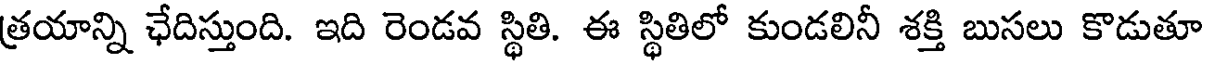
త్రయాన్ని ఛేదిస్తుంది. ఇది రెండవ స్థితి. ఈ స్థితిలో కుండలినీ శక్తి బుసలు కొడుతూ